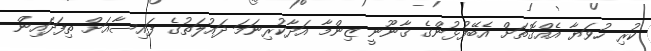
ކުރި ހުވަޔާ އެއްގޮތަށް އެބޭފުޅުންގެ ޤާނޫނީ ޒިންމާ އަދާކުރިނަމަ ދައުލަތުގެ ފައިސާއަށް ތިފަދައިން